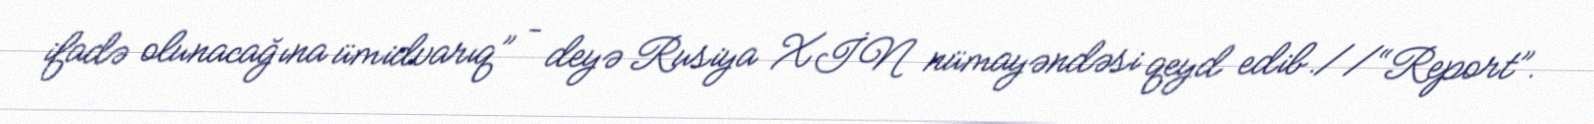
ifadə olunacağına ümidvarıq” – deyə Rusiya XİN nümayəndəsi qeyd edib.//“Report”.